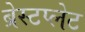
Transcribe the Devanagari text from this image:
ब्रेस्टप्लेट